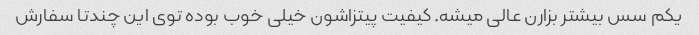
یکم سس بیشتر بزارن عالی میشه. کیفیت پیتزاشون خیلی خوب بوده توی این چندتا سفارش